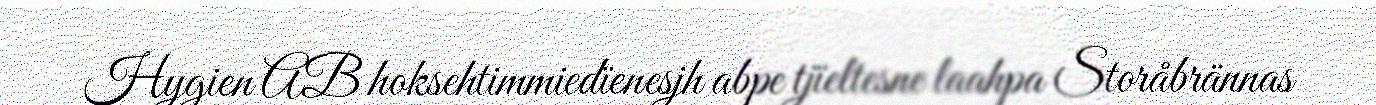
Hygien AB hoksehtimmiedïenesjh abpe tjïeltesne laahpa Storåbrännas